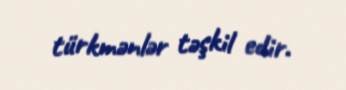
türkmənlər təşkil edir.